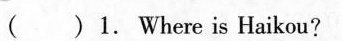
( )1. Where is Haikou?